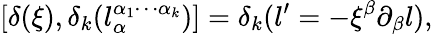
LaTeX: [\delta(\xi),\delta_{k}(l_{\alpha}^{\alpha_{1}\cdots\alpha_{k}})]=\delta_{k}(l^{\prime}=-\xi^{\beta}\partial_{\beta}l),